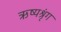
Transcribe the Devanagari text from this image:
ऋष्यश्रृंग